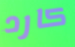
كارد